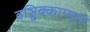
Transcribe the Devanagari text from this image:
वञ्चिक्काण्डम